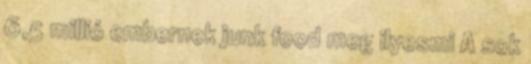
6,5 millió embernek junk food meg ilyesmi A sok